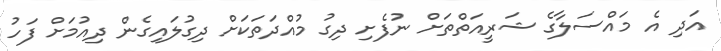
އަދި އެ މައްސަލާގެ ޝަރީއަތްތަށް ނުފެށި ދިގު މުއްދަތަކަށް ދިގުލައިގެން ދިއުމަށް ފަހު